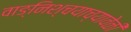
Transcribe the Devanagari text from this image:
वाङ्‌निश्चयाच्यावेळी